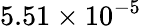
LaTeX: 5.51\times 10^{-5}